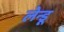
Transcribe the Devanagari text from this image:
लेन्डू